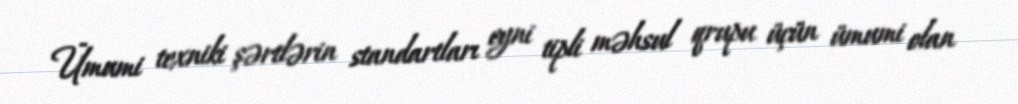
Ümumi texniki şərtlərin standartları eyni tipli məhsul qrupu üçün ümumi olan